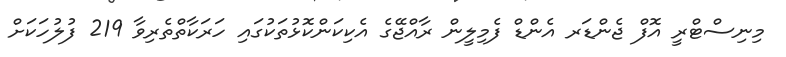
މިނިސްޓްރީ އޮފް ޖެންޑަރ އެންޑް ފެމިލީން ރާއްޖޭގެ އެކިކަންކޮޅުތަކުގައި ހަރަކާތްތެރިވާ 219 ފުލުހަކަށް